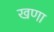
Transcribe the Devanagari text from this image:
खणा